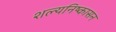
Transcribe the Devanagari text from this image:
शल्यनिष्कासन